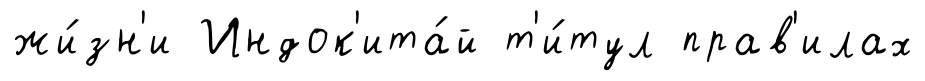
жи́зн'и Индок'ита́й т'и́тул прав'илах